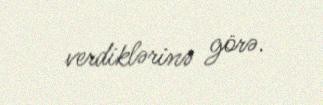
verdiklərinə görə.